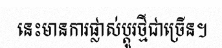
នេះមានការផ្លាស់ប្តូរថ្មីជាច្រើន។